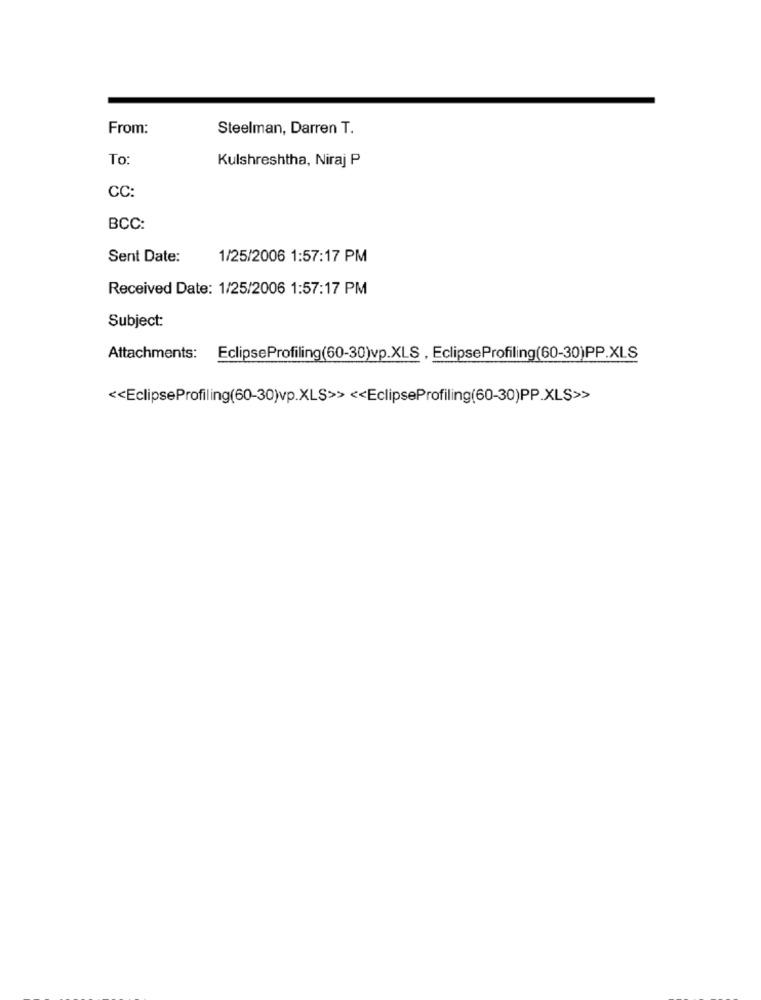
From:
Steelman, Darren T.
To
Kulshreshtha, Niraj P
CC:
BCC:
Sent Date:
1/25/2006 1:57:17 PM
Received Date: 1/25/2006 1:57:17 PM
Subject:
Attachments: EclipseProfiling(60-30)vp.XLS, EclipseProfiling(60-30)PP.XLS
<< EclipseProfiling(60-30)vp.XLS>> << EclipseProfiling(60-30)PP_XLS>>